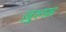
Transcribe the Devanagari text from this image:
ज़ुल्फ़